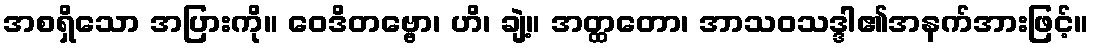
အစရှိသော အပြားကို။ ဝေဒိတဗ္ဗော၊ ဟိ၊ ချဲ့။ အတ္ထတော၊ အာသဝသဒ္ဒါ၏အနက်အားဖြင့်။